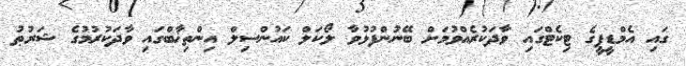
ގައި އެމްޑީޕީގެ ޓިކެޓްގައި ވާދަކުރެއްވުމަށް ބޭނުންފުޅުވާ ލޯކަލް ކައުންސިލް އިންތިޚާބްގައި ވާދަކުރުމުގެ ޝަރުޠު